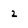
Character: 2